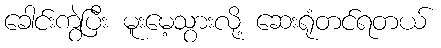
ခေါင်းကွဲပြီး မူးမေ့သွားလို့ ဆေးရုံတင်ရတယ်